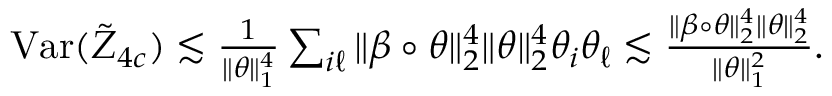
\begin{array} { r } { \mathrm { V a r } ( \tilde { Z } _ { 4 c } ) \lesssim \frac { 1 } { \| \theta \| _ { 1 } ^ { 4 } } \sum _ { i \ell } \| \beta \circ \theta \| _ { 2 } ^ { 4 } \| \theta \| _ { 2 } ^ { 4 } \theta _ { i } \theta _ { \ell } \lesssim \frac { \| \beta \circ \theta \| _ { 2 } ^ { 4 } \| \theta \| _ { 2 } ^ { 4 } } { \| \theta \| _ { 1 } ^ { 2 } } . } \end{array}